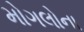
મોગલોના